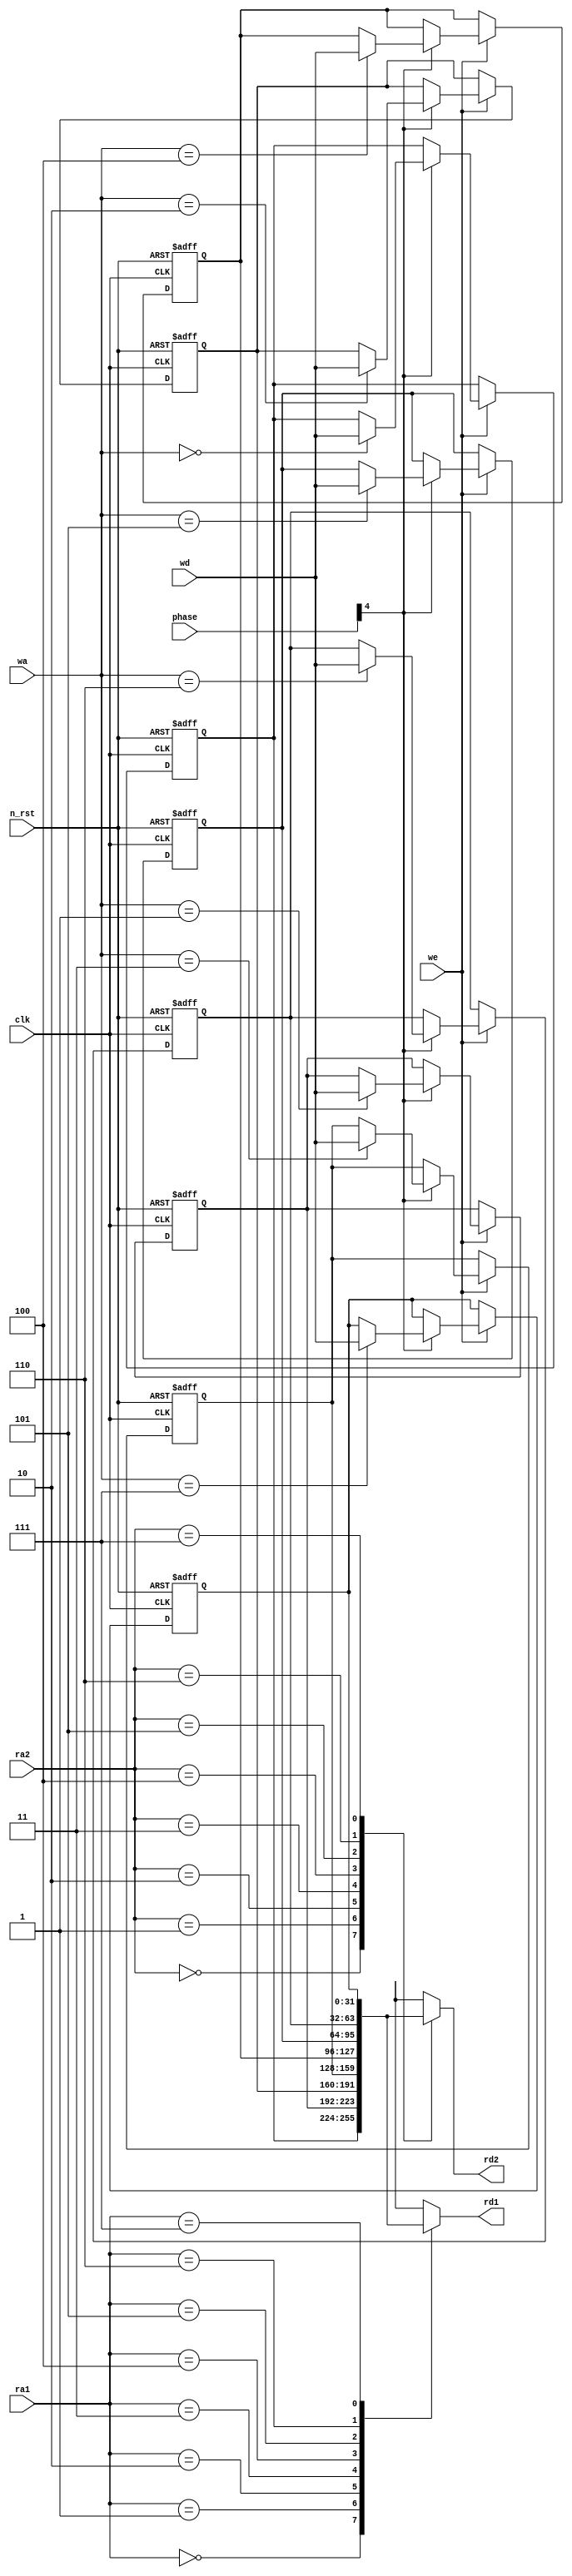
module  register_file(phase, ra1, ra2, wa, rd1, rd2, wd, we, clk, n_rst//, rf_out
);
	input  [ 2:0] ra1, ra2, wa;	// AhXiWX^j
	output [31:0] rd1, rd2;    	// of[^
	input  [31:0] wd;         	// f[^
	input  we;
	input	 [4:0] phase;                  	// CgECl[u
	input  clk, n_rst;         	// NbNCZbg
     // output [255:0] rf_out;	// WX^Et@CzifoOpoj

 	integer i;

	reg [31:0] rf [0:7];        	// 32-bit x 8-word WX^Et@C{
	always @(posedge clk  or  negedge n_rst) begin
	   if (n_rst == 0) begin
	        for (i = 0; i < 8; i = i + 1)
	            rf[i] <= 0;
	   end else if (we == 1) begin
			if(phase[4] == 1) begin
	        rf[wa] <= wd;        	// 
			end
		end 
	end
	assign  rd1 = rf[ra1];  	// o
	assign  rd2 = rf[ra2];  	// o

	// assign rf_out = {rf[0], rf[1], rf[2], rf[3], rf[4], rf[5], rf[6], rf[7]};	// fobOo
endmodule